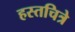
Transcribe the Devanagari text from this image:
हस्तचित्रे